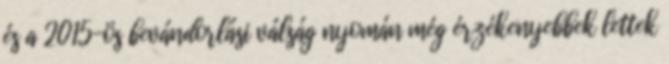
és a 2015-ös bevándorlási válság nyomán még érzékenyebbek lettek